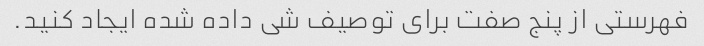
فهرستی از پنج صفت برای توصیف شی داده شده ایجاد کنید.